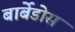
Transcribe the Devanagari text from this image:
बार्बेडोस